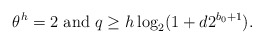
\begin{align*}\theta^h=2~{\rm and}~ q\ge h\log_2(1+d2^{b_0+1}). \end{align*}